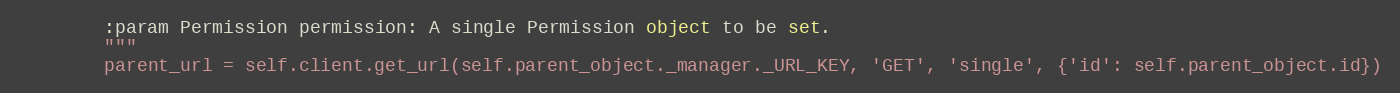
Language: Python
        :param Permission permission: A single Permission object to be set.
        """
        parent_url = self.client.get_url(self.parent_object._manager._URL_KEY, 'GET', 'single', {'id': self.parent_object.id})